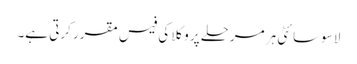
لا سوسائٹی ہر مرحلے پر وکلا کی فیس مقرر کرتی ہے۔